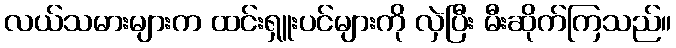
လယ်သမားများက ထင်းရှူးပင်များကို လှဲပြီး မီးဆိုက်ကြသည်။